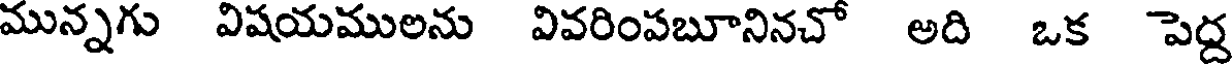
మున్నగు విషయములను వివరింపబూనినచో అది ఒక పెద్ద